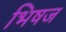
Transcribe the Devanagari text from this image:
भिषज